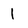
Character: I